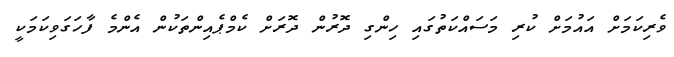
ވެރިކަމަށް އައުމަށް ކުރި މަސައްކަތުގައި ހިންގި ދޮރުން ދޮރަށް ކެމްޕެއިންތަކުން އެންމެ ފާހަގަވިކަމަކީ